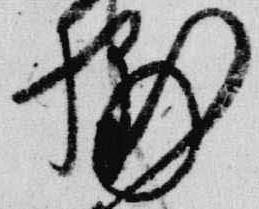
輔